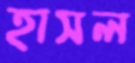
হাসল